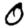
Digit: 0